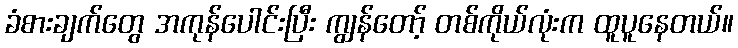
ခံစားချက်တွေ အကုန်ပေါင်းပြီး ကျွန်တော့် တစ်ကိုယ်လုံးက ထူပူနေတယ်။